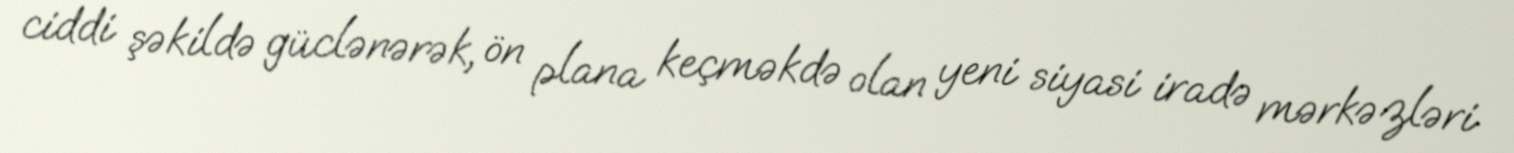
ciddi şəkildə güclənərək, ön plana keçməkdə olan yeni siyasi iradə mərkəzləri